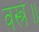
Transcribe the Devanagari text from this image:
वस्त्र॥